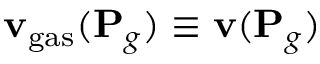
{ \mathbf { v } } _ { \mathrm { g a s } } ( { \mathbf { P } } _ { g } ) \equiv { \mathbf { v } } ( { \mathbf { P } } _ { g } )